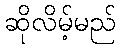
ဆိုလိမ့်မည်